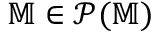
\mathbb { M } \in \mathcal { P } ( \mathbb { M } )